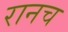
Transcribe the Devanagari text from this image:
रानच